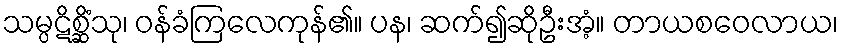
သမ္ပဋိစ္ဆိံသု၊ ဝန်ခံကြလေကုန်၏။ ပန၊ ဆက်၍ဆိုဦးအံ့။ တာယစဝေလာယ၊